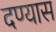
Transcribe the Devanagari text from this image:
दण्यास